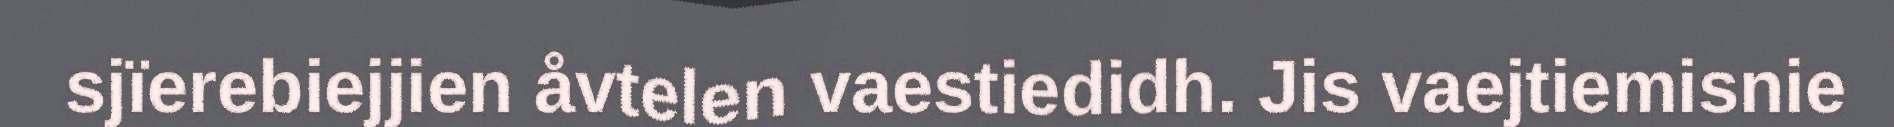
sjïerebiejjien åvtelen vaestiedidh. Jis vaejtiemisnie